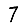
Digit: 7